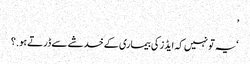
’
‘یہ تو نہیں کہ ایڈز کی بیماری کے خدشے سے ڈرتے ہو.؟